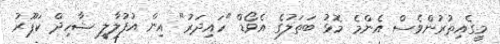
މީގެއިތުރުންވެސް އެންމެ މޮޅު ބަތަލުގެ އެވޯޑް "ހައިދަރު" އިން އުފުލާލީ ޝާހިދް ކަޕޫރު